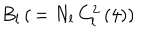
LaTeX: B _ { l } \, ( \, = N _ { l } \, C _ { l } ^ { 2 } \left( 4 \right) )